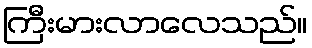
ကြီးမားလာလေသည်။